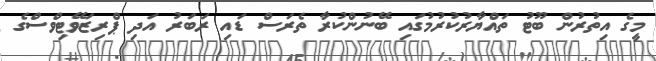
މީގެ އިތުރުން ބޫޓު ތައްޔާރުކުރުމުގައި ބޭނުންކުރާ ތެރަސް ޑައި ރަބަރު އަދި ޕްރިޒަވޭޓިވްސްގެ